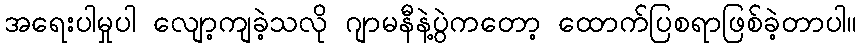
အရေးပါမှုပါ လျော့ကျခဲ့သလို ဂျာမနီနဲ့ပွဲကတော့ ထောက်ပြစရာဖြစ်ခဲ့တာပါ။